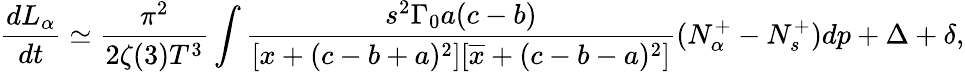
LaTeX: \frac{dL_{\alpha}}{dt}\simeq\frac{\pi^{2}}{2\zeta(3)T^{3}}\int\frac{s^{2}\Gamma_{0}a(c-b)}{[x+(c-b+a)^{2}][\overline{{{x}}}+(c-b-a)^{2}]}(N_{\alpha}^{+}-N_{s}^{+})dp+\Delta+\delta,